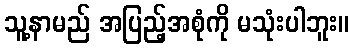
သူ့နာမည် အပြည့်အစုံကို မသုံးပါဘူး။